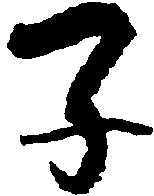
子